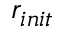
r _ { i n i t }